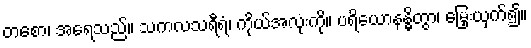
တစော၊ အရေသည်။ သကလသရီရံ၊ ကိုယ်အလုံးကို။ ပရိယောနန္ဓိတွာ၊ မြှေးယှက်၍။